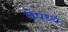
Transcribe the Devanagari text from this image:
नेपध्य